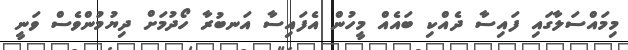
މިމައްސަލާގައި ފައިސާ ދެއްކި ބައެއް މީހުން އެފައިސާ އަނބުރާ ހޯދުމަށް ދިޔުމުންވެސް ވަނީ